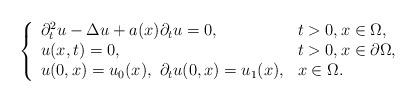
LaTeX: \begin{align*} \left\{ \begin{array}{ll} \partial_t^2 u - \Delta u + a(x) \partial_t u = 0, &t>0, x \in \Omega, \\ u(x,t) = 0, &t>0, x \in \partial \Omega,\\ u(0,x) = u_0(x), \ \partial_t u(0,x) = u_1(x), &x \in \Omega. \end{array} \right.\end{align*}